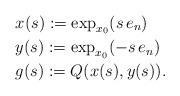
LaTeX: \begin{align*}&x(s) := \exp_{x_0}(s\, e_n)\\&y(s) := \exp_{x_0}(-s\, e_n)\\&g(s) := Q(x(s),y(s)).\end{align*}